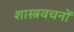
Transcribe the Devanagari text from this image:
शास्त्रवचनों